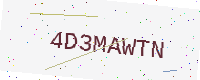
Text: 4D3MAWTN